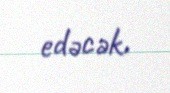
edəcək.